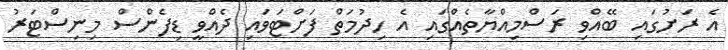
އެ ރަށުގައި ބޭއްވި ރަސްމިއްޔާތެއްގައި އެ ހިދުމަތް ފަށްޓަވައި ދެއްވީ ޑިފެންސް މިނިސްޓަރު